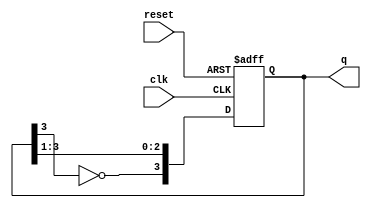
module johnson_counter (
    input wire clk,          // Clock input
    input wire reset,        // Asynchronous reset
    output reg [3:0] q       // 4-bit output representing the current state
);

    // Always block triggered on the rising edge of the clock or the reset signal
    always @(posedge clk or posedge reset) begin
        if (reset) begin
            q <= 4'b0000;    // Reset the counter to 0000
        end else begin
            // Johnson counter logic
            q <= {~q[3], q[3:1]}; // Shift right and feed inverted last bit to first
        end
    end

endmodule